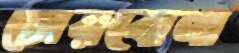
ঢোরবোনা